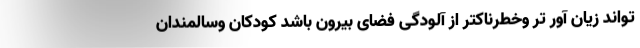
تواند زیان آور تر وخطرناکتر از آلودگی فضای بیرون باشد کودکان وسالمندان